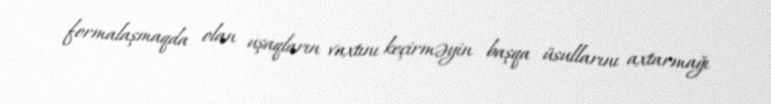
formalaşmaqda olan uşaqların vaxtını keçirməyin başqa üsullarını axtarmağı